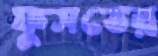
ফুসতের